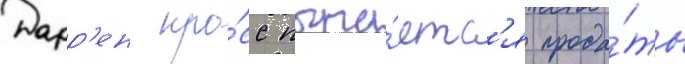
Дарр'ен кро́сс пыта́етс'я прода́ть